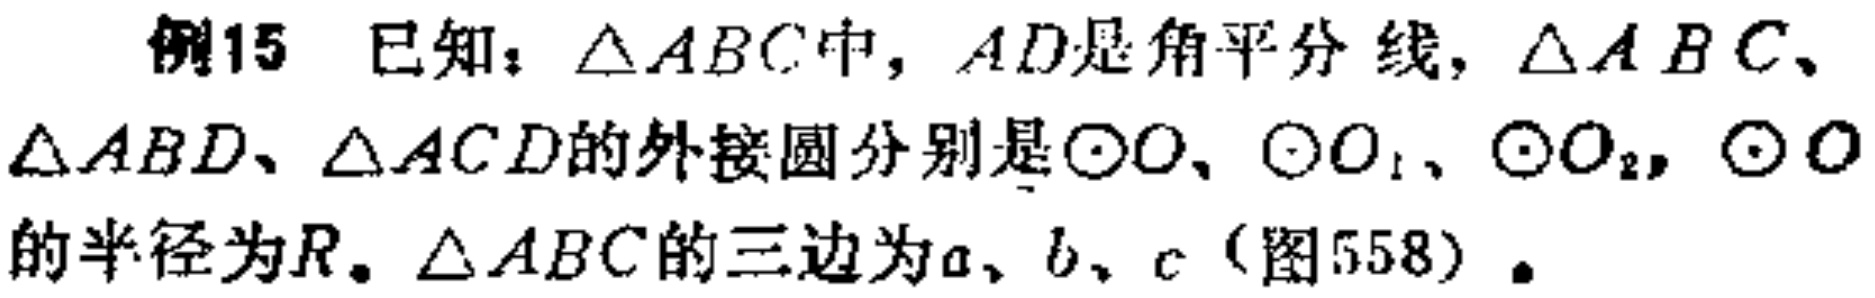
例15 已知：$\triangle ABC$中，$AD$是角平分线，$\triangle ABC$、$\triangle ABD$、$\triangle ACD$的外接圆分别是$\odot O$、$\odot O_{1}$、$\odot O_{2}$，$\odot O$的半径为$R$。$\triangle ABC$的三边为$a$、$b$、$c$（图558）。